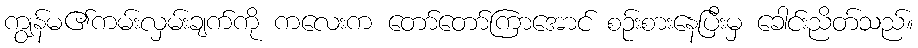
ကျွန်မ၏ကမ်းလှမ်းချက်ကို ကလေးက တော်တော်ကြာအောင် စဉ်းစားနေပြီးမှ ခေါင်းညိတ်သည်။